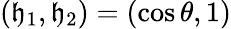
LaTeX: (\mathfrak{h}_{1},\mathfrak{h}_{2})=(\cos\theta,1)